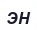
ЭН